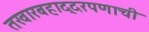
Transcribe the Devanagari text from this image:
तखारबहाद्दरपणाची